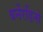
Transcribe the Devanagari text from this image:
बर्नेरडिनो